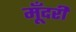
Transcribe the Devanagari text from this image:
मूँदरी